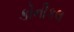
કોનીકલ